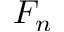
F _ { n }